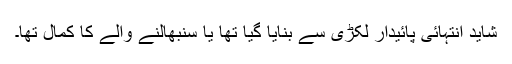
شاید انتہائی پائیدار لکڑی سے بنایا گیا تھا یا سنبھالنے والے کا کمال تھا۔